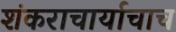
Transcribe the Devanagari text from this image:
शंकराचार्याचाच